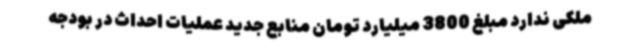
ملکی ندارد مبلغ 3800 میلیارد تومان منابع جدید عملیات احداث در بودجه